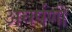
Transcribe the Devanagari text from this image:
अघर्षणी